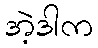
အဲ့ဒါက